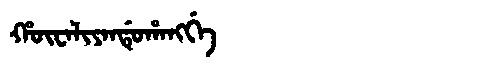
Manchu: ᡥᡡᠸᠠᠯᡳᠶᠠᠨᡩᡠᡥᠠᠩᡤᡝ
Romanization: HŪWALIYANDUHANGGE